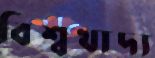
বিশ্বখাদ্য